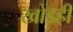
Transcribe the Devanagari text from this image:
खोडही